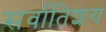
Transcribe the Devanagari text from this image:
सर्वातिशय